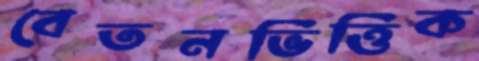
বেতনভিত্তিক